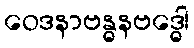
ဝေဒနာဗန္ဓနဗဒ္ဓေါ